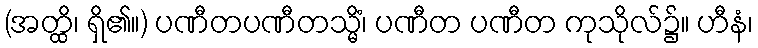
(အတ္ထိ၊ ရှိ၏။) ပဏီတပဏီတသ္မိံ၊ ပဏီတ ပဏီတ ကုသိုလ်၌။ ဟီနံ၊